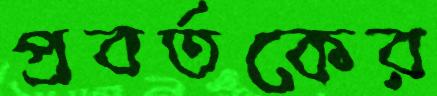
প্রবর্তকের